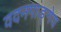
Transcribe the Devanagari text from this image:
वदनगाङ्गेय